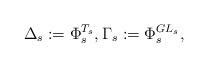
LaTeX: \begin{align*}\Delta_s:=\Phi_s^{T_s}, \Gamma_s:=\Phi_s^{GL_s},\end{align*}